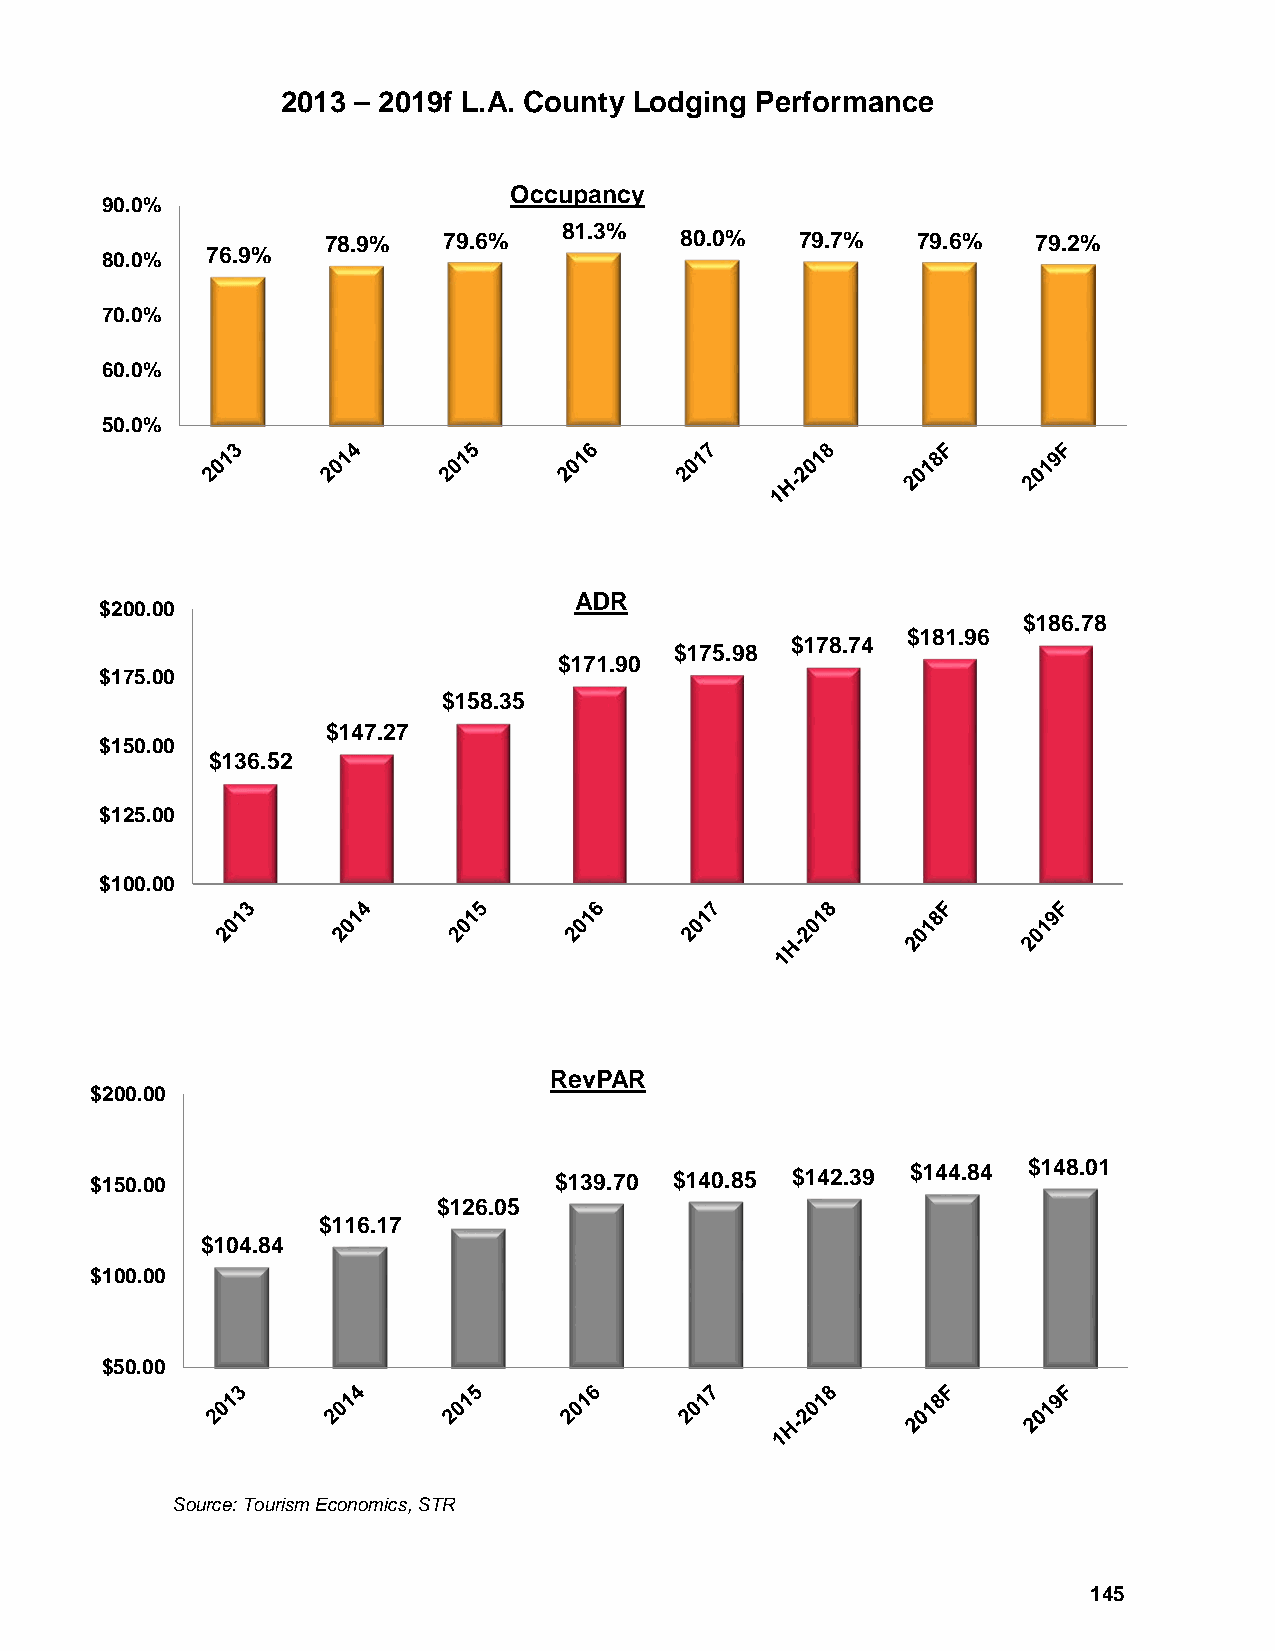
2013 – 2019f L.A. County Lodging Performance
 Occupancy
 90.0%
 81.3%
 78.9%   79.6%           80.0%   79.7%   79.6%   79.2%
 80.0%  76.9%
 70.0%
 60.0%
 50.0%
 ADR
 $200.00
 $186.78
 $181.96
 $178.74
 $175.98
 $171.90
 $175.00
 $158.35
 $147.27
 $150.00
 $136.52
 $125.00
 $100.00
 RevPAR
 $200.00
 $150.00                        $139.70 $140.85 $142.39 $144.84 $148.01
 $126.05
 $116.17
 $104.84
 $100.00
 $50.00
 Source: Tourism Economics, STR
 145